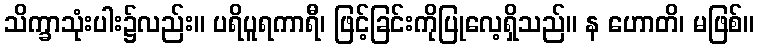
သိက္ခာသုံးပါး၌လည်း။ ပရိပူရကာရီ၊ ဖြင့်ခြင်းကိုပြုလေ့ရှိသည်။ န ဟောတိ၊ မဖြစ်။